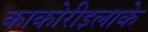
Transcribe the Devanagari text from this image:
काकोरीइलाके